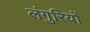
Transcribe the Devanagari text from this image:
लंगुरियों